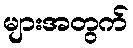
များအတွက်